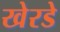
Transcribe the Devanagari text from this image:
खेरडे